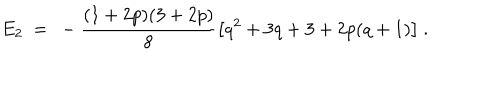
E _ { 2 } \ = \ - \frac { ( 1 + 2 p ) ( 3 + 2 p ) } { 8 } \big [ q ^ { 2 } + 3 q + 3 + 2 p ( q + 1 ) \big ] \ .